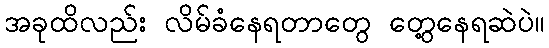
အခုထိလည်း လိမ်ခံနေရတာတွေ တွေ့နေရဆဲပဲ။